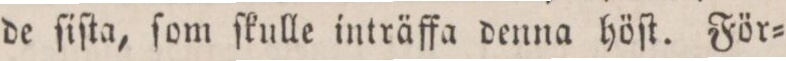
de ſiſta, ſom ſkulle inträffa denna höſt. För=